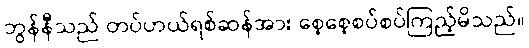
ဘွန်နီသည် တပ်ဟယ်ရစ်ဆန်အား စေ့စေ့စပ်စပ်ကြည့်မိသည်။